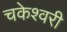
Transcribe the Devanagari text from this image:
चकेश्वरी